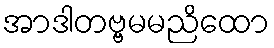
အာဒါတဗ္ဗမမညိထော